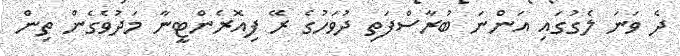
ދެ ވަނަ ލެގުގައި އަންނަ ބުރާސްފަތި ދުވަހުގެ ރޭ ފިއޮރެންޓީނާ މަދުވެގެން ތިން